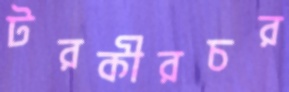
টরকীরচর